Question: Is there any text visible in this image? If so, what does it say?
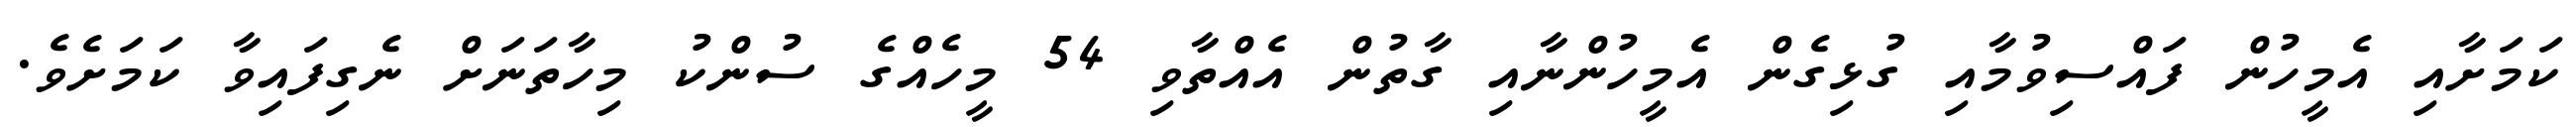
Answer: ކަމަށާއި އެމީހުން ފައްސިވުމާއި ގުޅިގެން އެމީހުންނާއި ގާތުން އެއްތާވި 54 މީހެއްގެ ސުންކު މިހާތަނަށް ނެގިފައިވާ ކަމަށެވެ.